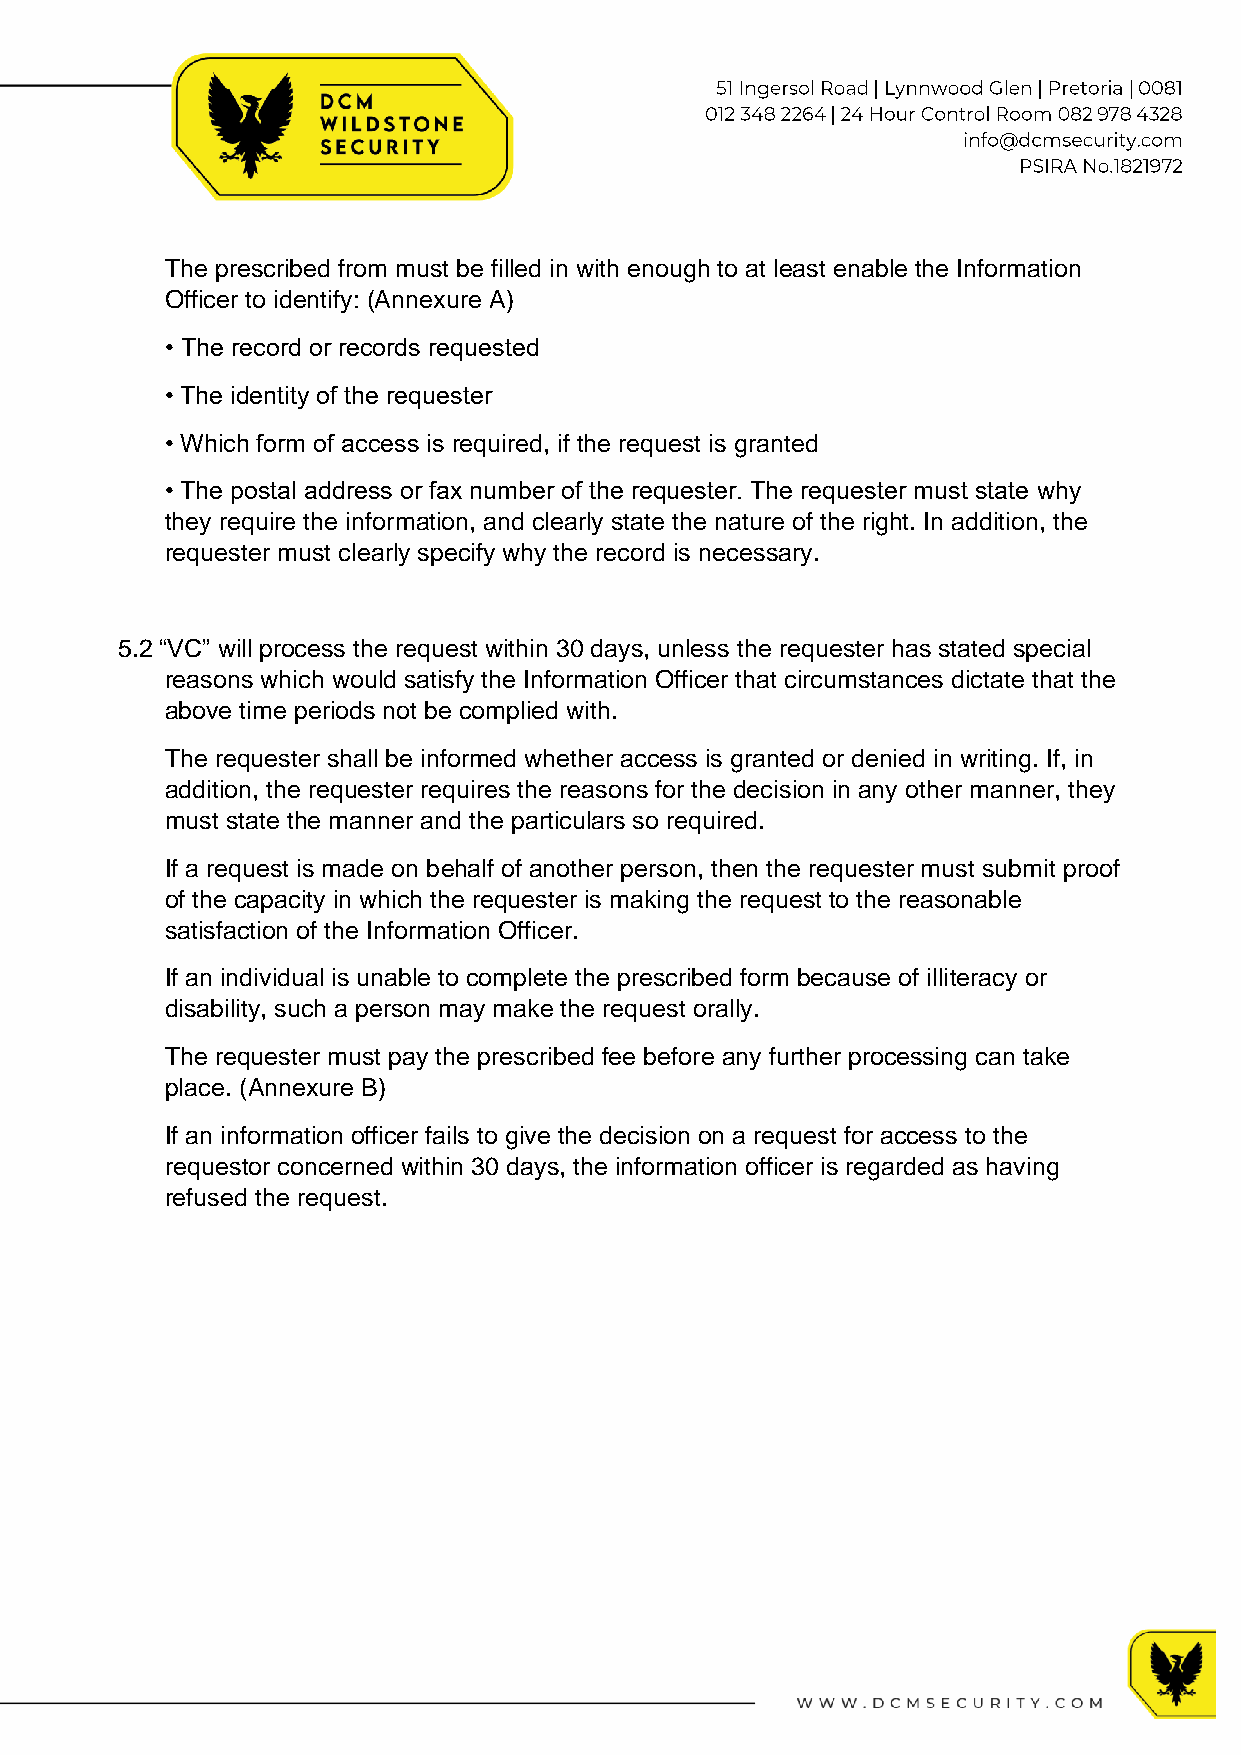
The prescribed from must be filled in with enough to at least enable the Information
 Officer to identify: (Annexure A)
 • The record or records requested
 • The identity of the requester
 • Which form of access is required, if the request is granted
 • The postal address or fax number of the requester. The requester must state why
 they require the information, and clearly state the nature of the right. In addition, the
 requester must clearly specify why the record is necessary.
 5.2 “VC” will process the request within 30 days, unless the requester has stated special
 reasons which would satisfy the Information Officer that circumstances dictate that the
 above time periods not be complied with.
 The requester shall be informed whether access is granted or denied in writing. If, in
 addition, the requester requires the reasons for the decision in any other manner, they
 must state the manner and the particulars so required.
 If a request is made on behalf of another person, then the requester must submit proof
 of the capacity in which the requester is making the request to the reasonable
 satisfaction of the Information Officer.
 If an individual is unable to complete the prescribed form because of illiteracy or
 disability, such a person may make the request orally.
 The requester must pay the prescribed fee before any further processing can take
 place. (Annexure B)
 If an information officer fails to give the decision on a request for access to the
 requestor concerned within 30 days, the information officer is regarded as having
 refused the request.